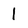
Character: 1